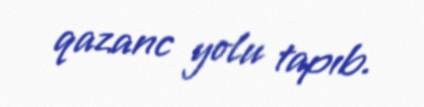
qazanc yolu tapıb.